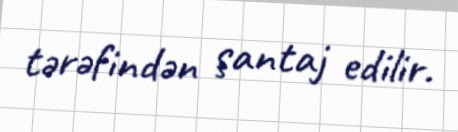
tərəfindən şantaj edilir.